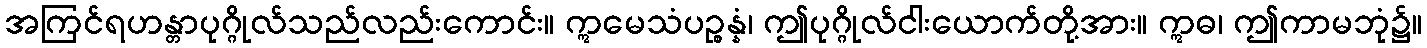
အကြင်ရဟန္တာပုဂ္ဂိုလ်သည်လည်းကောင်း။ ဣမေသံပဉ္စန္နံ၊ ဤပုဂ္ဂိုလ်ငါးယောက်တို့အား။ ဣဓ၊ ဤကာမဘုံ၌။